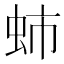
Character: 𧉽